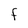
Character: F